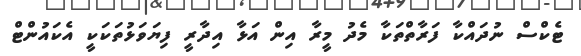
ޓެކްސް ނުދައްކާ ފަރާތްތަކާ މެދު މީރާ އިން އަޅާ އިދާރީ ފިޔަވަޅުތަކަކީ އެކައުންޓް